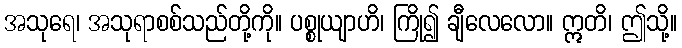
အသုရေ၊ အသုရာစစ်သည်တို့ကို။ ပစ္စုယျာဟိ၊ ကြို၍ ချီလေလော။ ဣတိ၊ ဤသို့။